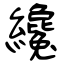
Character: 纔